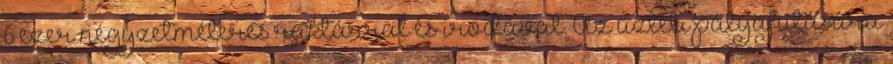
6 ezer négyzetméteres raktárral és irodával. Az üzleti pályafutására